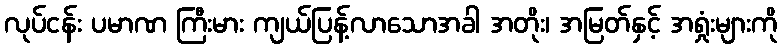
လုပ်ငန်း ပမာဏ ကြီးမား ကျယ်ပြန့်လာသောအခါ အတိုး၊ အမြတ်နှင့် အရှုံးများကို